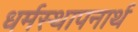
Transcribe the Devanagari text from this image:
धर्मस्थापनार्थ